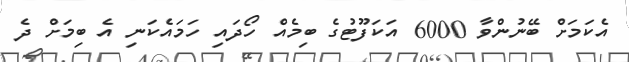
އެކަމަށް ބޭނުންވާ 6000 އަކަފޫޓުގެ ބިމެއް ހޯދައި ހަމައެކަނި އެ ބިމަށް ދެ